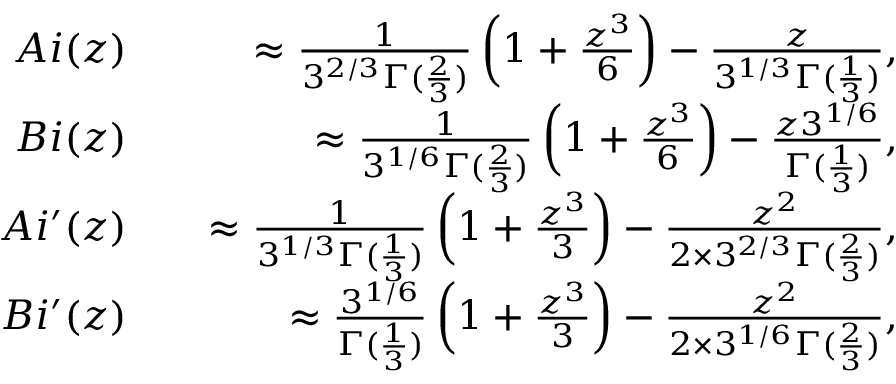
\begin{array} { r l r } { A i ( z ) } & { } & { \approx \frac { 1 } { 3 ^ { 2 / 3 } \Gamma ( \frac { 2 } { 3 } ) } \left( 1 + \frac { z ^ { 3 } } { 6 } \right) - \frac { z } { 3 ^ { 1 / 3 } \Gamma ( \frac { 1 } { 3 } ) } , } \\ { B i ( z ) } & { } & { \approx \frac { 1 } { 3 ^ { 1 / 6 } \Gamma ( \frac { 2 } { 3 } ) } \left( 1 + \frac { z ^ { 3 } } { 6 } \right) - \frac { z 3 ^ { 1 / 6 } } { \Gamma ( \frac { 1 } { 3 } ) } , } \\ { A i ^ { \prime } ( z ) } & { } & { \approx \frac { 1 } { 3 ^ { 1 / 3 } \Gamma ( \frac { 1 } { 3 } ) } \left( 1 + \frac { z ^ { 3 } } { 3 } \right) - \frac { z ^ { 2 } } { 2 \times 3 ^ { 2 / 3 } \Gamma ( \frac { 2 } { 3 } ) } , } \\ { B i ^ { \prime } ( z ) } & { } & { \approx \frac { 3 ^ { 1 / 6 } } { \Gamma ( \frac { 1 } { 3 } ) } \left( 1 + \frac { z ^ { 3 } } { 3 } \right) - \frac { z ^ { 2 } } { 2 \times 3 ^ { 1 / 6 } \Gamma ( \frac { 2 } { 3 } ) } , } \end{array}